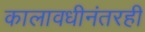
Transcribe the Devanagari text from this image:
कालावधीनंतरही